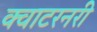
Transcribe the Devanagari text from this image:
क्वाटरनरी